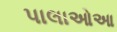
પાલાઓઆ